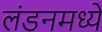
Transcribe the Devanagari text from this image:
लंडनमध्यें